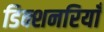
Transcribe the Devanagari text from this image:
डिक्शनरियाँ